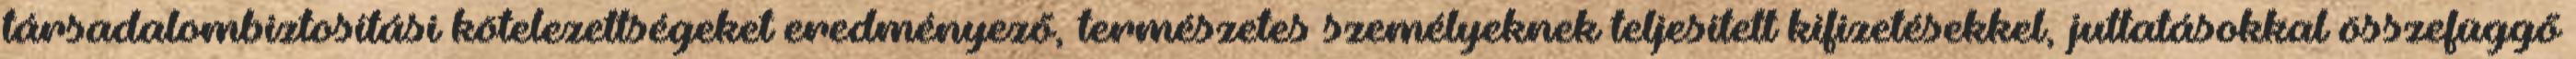
társadalombiztosítási kötelezettségeket eredményező, természetes személyeknek teljesített kifizetésekkel, juttatásokkal összefüggő